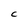
Character: C